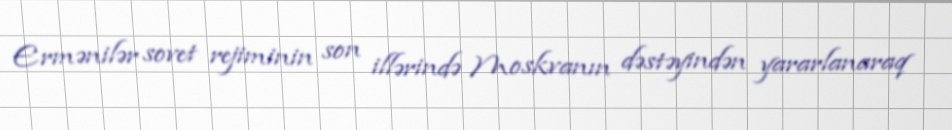
Ermənilər sovet rejiminin son illərində Moskvanın dəstəyindən yararlanaraq